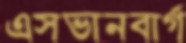
এসভানবার্গ